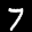
Label: 7